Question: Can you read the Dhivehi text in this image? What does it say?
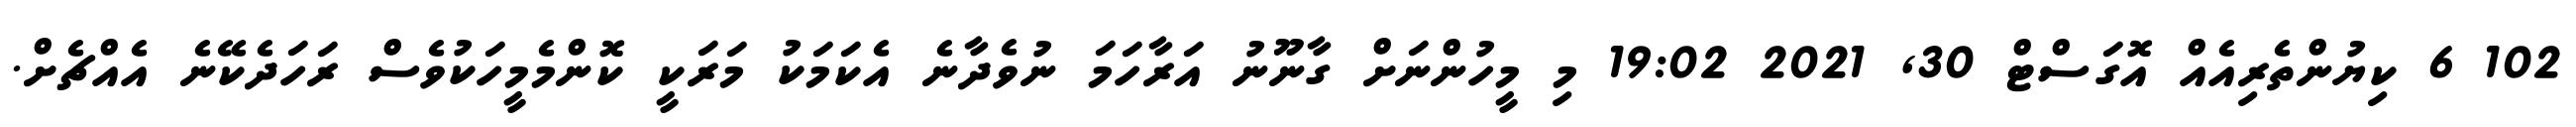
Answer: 102 6 ކިޔުންތެރިއެއް އޮގަސްޓް 30, 2021 19:02 މި މީހުންނަށް ގާނޫނު އަރާހަމަ ނުވެދާނެ އެކަމަކު މަރަކީ ކޮންމެމީހަކުވެސް ރަހަދެކޭނެ އެއްޗެށް.